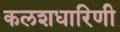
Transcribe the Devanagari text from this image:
कलशधारिणी